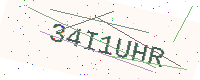
Text: 34I1UHR